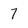
Character: 7